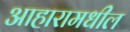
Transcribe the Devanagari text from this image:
आहारामधील